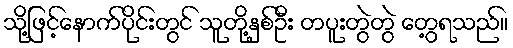
သို့ဖြင့်နောက်ပိုင်းတွင် သူတို့နှစ်ဦး တပူးတွဲတွဲ တွေ့ရသည်။